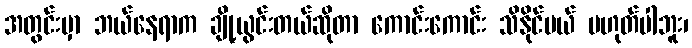
အတွင်းမှာ ဘယ်နေရာက ချို့ယွင်းတယ်ဆိုတာ ကောင်းကောင်း သိနိုင်မယ် မဟုတ်ပါဘူး၊